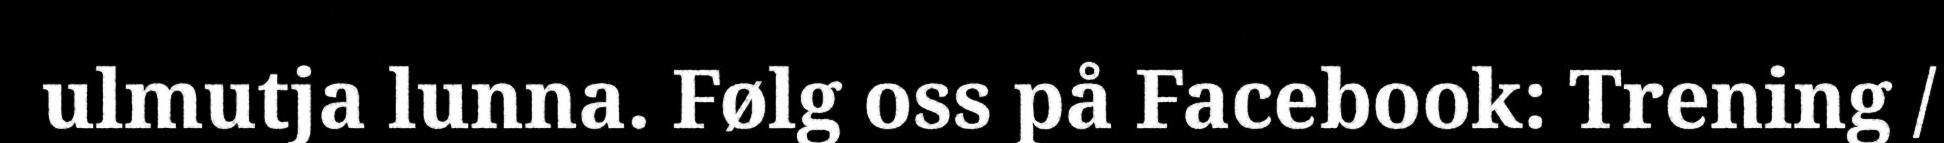
ulmutja lunna. Følg oss på Facebook: Trening /